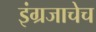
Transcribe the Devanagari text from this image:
इंग्रजाचेच